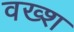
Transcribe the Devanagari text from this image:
वख्श